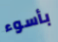
بأسوء